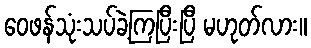
ဝေဖန်သုံးသပ်ခဲ့ကြပြီးပြီ မဟုတ်လား။